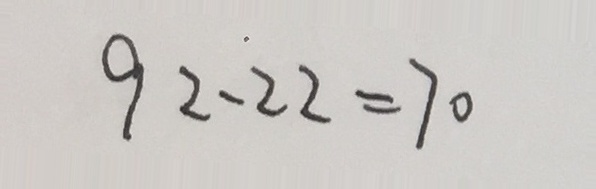
9 2 - 2 2 = 7 0